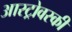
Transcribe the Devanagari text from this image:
आस्ट्रोवस्की